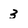
Character: 3